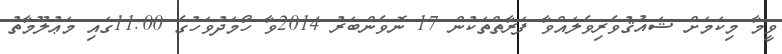
ވީމާ މިކަމަށް ޝައުޤުވެރިވެލައްވާ ފަރާތްތަކުން 17 ނޮވެންބަރު 2014ވާ ހޯމަދުވަހުގެ 11:00ގައި މަޢުލޫމާތު